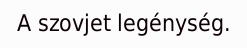
A szovjet legénység.